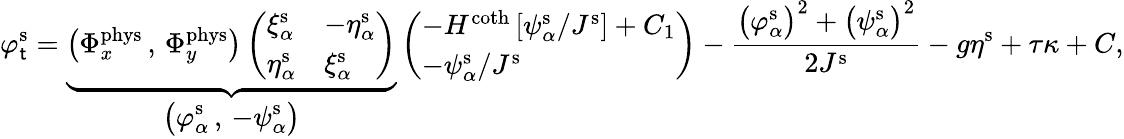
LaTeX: \varphi_{\mathsf{t}}^{\mathrm{{s}}}=\underbrace{{\big(\Phi_{x}^{\mathrm{{phys}}}\, ,\, \Phi_{y}^{\mathrm{{phys}}}\big)\left(\begin{array}{ll}{\xi_{\alpha}^{\mathrm{s}}}&{-\eta_{\alpha}^{\mathrm{s}}}\\ {\eta_{\alpha}^{\mathrm{s}}}&{\xi_{\alpha}^{\mathrm{s}}}\end{array}\right)}}_{\displaystyle\big(\varphi_{\alpha}^{\mathrm{{s}}}\, ,\, -\psi_{\alpha}^{\mathrm{{s}}}\big)}\left(\begin{array}{l}{-H^{\coth}\left[\psi_{\alpha}^{\mathrm{s}}/J^{\mathrm{s}}\right]+C_{1}}\\ {-\psi_{\alpha}^{\mathrm{s}}/J^{\mathrm{s}}}\end{array}\right)-\frac{{\big(\varphi_{\alpha}^{\mathrm{{s}}}\big)^{2}+\big(\psi_{\alpha}^{\mathrm{{s}}}\big)^{2}}}{{2J^{\mathrm{{s}}}}}-g\eta^{\mathrm{{s}}}+\tau\kappa+C,